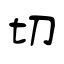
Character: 切